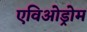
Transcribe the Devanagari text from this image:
एविओड्रोम